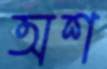
অশ